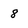
Character: 8